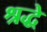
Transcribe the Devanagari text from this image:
श्रद्धे